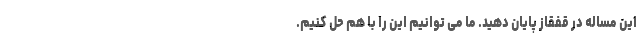
این مساله در قفقاز پایان دهید. ما می توانیم این را با هم حل کنیم.